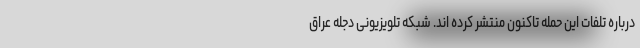
درباره تلفات این حمله تاکنون منتشر کرده اند. شبکه تلویزیونی دجله عراق